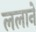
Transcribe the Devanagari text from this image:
ललाने